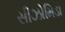
સીઝોમિડા